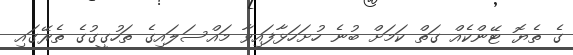
ގެ ތެޔޮ ޓޭންކެއް ގަތް ކަމަށް ބުނެ ހުށަހަޅާފައިވާ މައްސަލައިގެ ތަހުގީގުގެ ތެރޭގައި